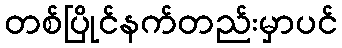
တစ်ပြိုင်နက်တည်းမှာပင်